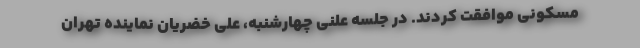
مسکونی موافقت کردند. در جلسه علنی چهارشنبه، علی خضریان نماینده تهران